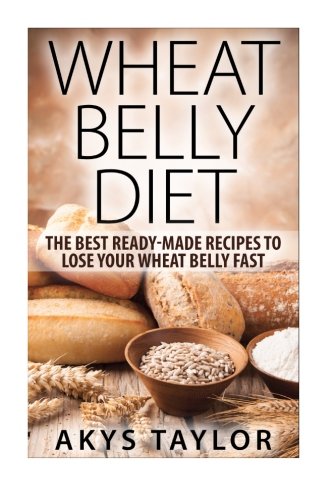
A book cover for Wheat Belly Diet: The Best Ready-Made Recipes To Lose Your Wheat Belly Fast (Wheat Belly, Wheat Belly Cookbook, Wheat Belly Diet) (Volume 1); Akys Taylor; Health, Fitness & Dieting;